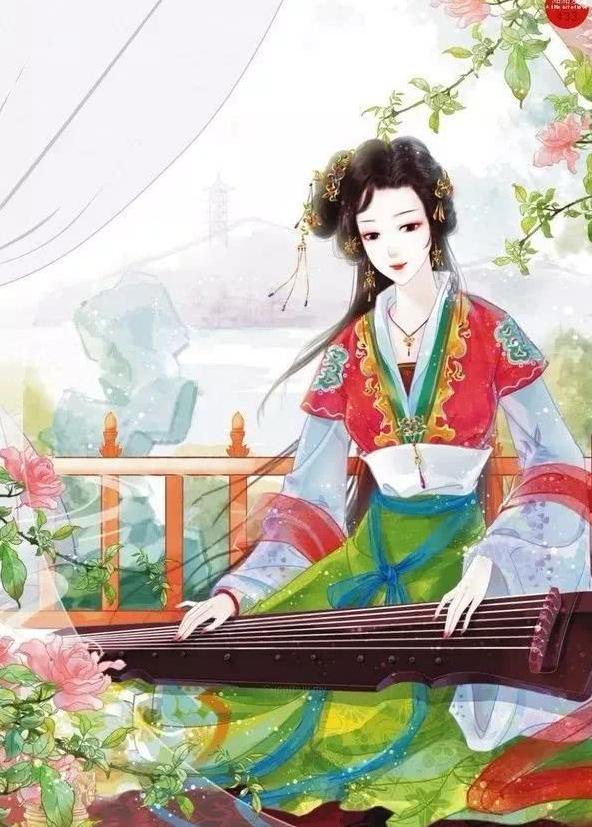
载酒春情，吹箫夜约，犹忆玉娇香软。